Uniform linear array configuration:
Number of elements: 64
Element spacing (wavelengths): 0.75
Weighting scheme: hamming
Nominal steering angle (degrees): -45
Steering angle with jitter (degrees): -46.595
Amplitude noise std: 0.05
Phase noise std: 0.05

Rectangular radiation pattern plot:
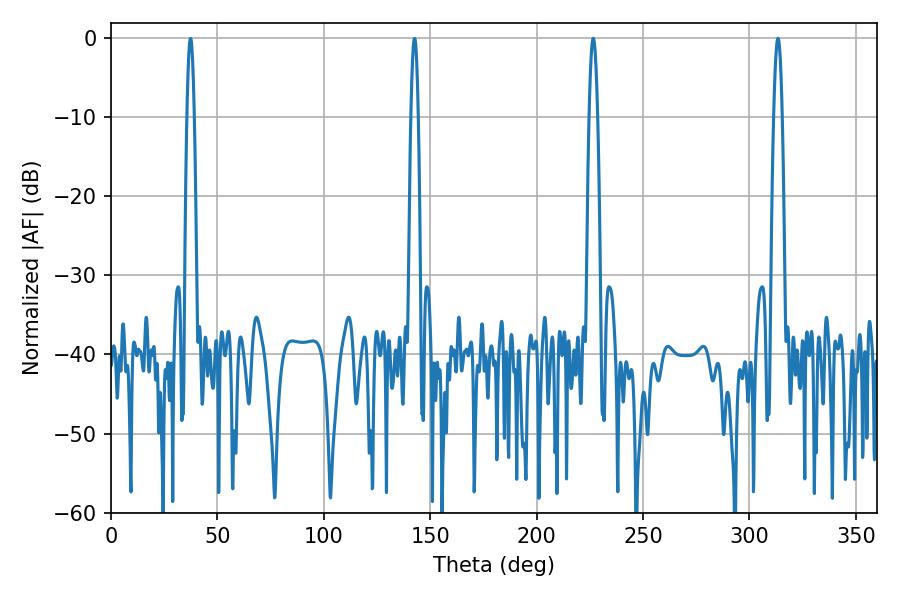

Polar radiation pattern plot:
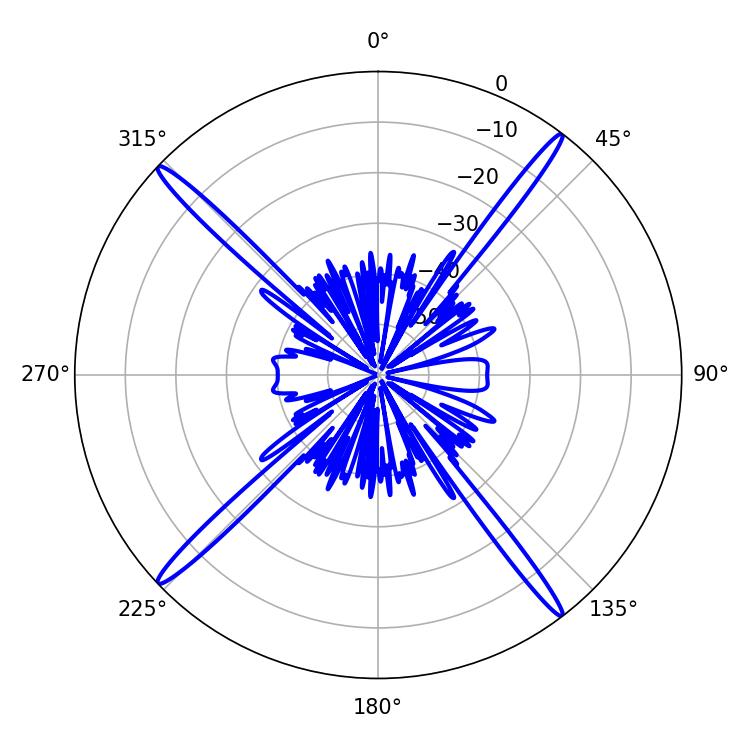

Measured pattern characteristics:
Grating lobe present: TRUE
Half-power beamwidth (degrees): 2.16
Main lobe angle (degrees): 313.38